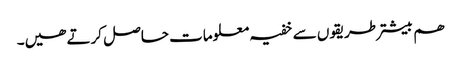
ھم بیشتر طریقوں ‎سے خفیہ معلومات حاصل کرتے ھیں۔